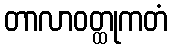
တာလာဝတ္ထုကတံ